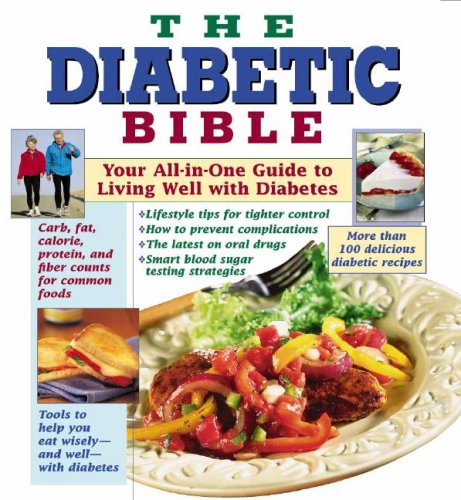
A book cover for The Diabetic Bible: Your All-in-One Guide to Living Well with Diabetes; Editors of Publications International Ltd.; Health, Fitness & Dieting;